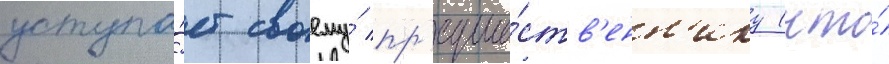
уступа́ет своему́ пр'едше́ств'енн'ику (что́